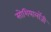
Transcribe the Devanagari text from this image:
सोशियालॉजी